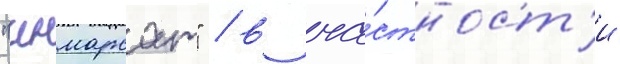
"инмарсат" / в ча́стност'и